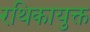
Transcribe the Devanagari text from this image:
रथिकायुक्त